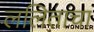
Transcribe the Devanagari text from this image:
ललिताचा